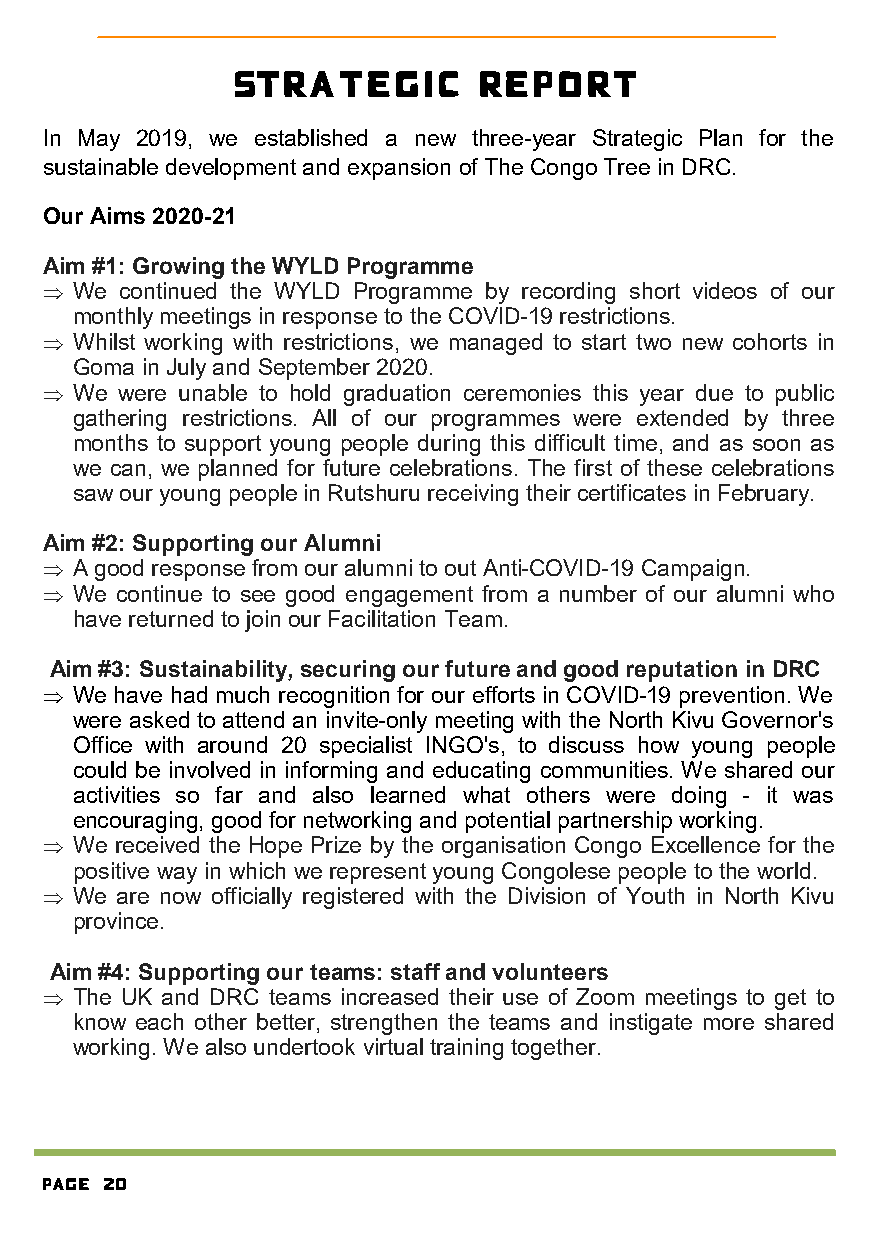
Strategic       Report
 In May 2019, we established a new three-year Strategic Plan for the
 sustainable development and expansion of The Congo Tree in DRC.
 Our Aims 2020-21
 Aim #1: Growing the WYLD Programme
  We continued the WYLD Programme by recording short videos of our
 monthly meetings in response to the COVID-19 restrictions.
  Whilst working with restrictions, we managed to start two new cohorts in
 Goma in July and September 2020.
  We were unable to hold graduation ceremonies this year due to public
 gathering restrictions. All of our programmes were extended by three
 months to support young people during this difficult time, and as soon as
 we can, we planned for future celebrations. The first of these celebrations
 saw our young people in Rutshuru receiving their certificates in February.
 Aim #2: Supporting our Alumni
  A good response from our alumni to out Anti-COVID-19 Campaign.
  We continue to see good engagement from a number of our alumni who
 have returned to join our Facilitation Team.
 Aim #3: Sustainability, securing our future and good reputation in DRC
  We have had much recognition for our efforts in COVID-19 prevention. We
 were asked to attend an invite-only meeting with the North Kivu Governor's
 Office with around 20 specialist INGO's, to discuss how young people
 could be involved in informing and educating communities. We shared our
 activities so far and also learned what others were doing - it was
 encouraging, good for networking and potential partnership working.
  We received the Hope Prize by the organisation Congo Excellence for the
 positive way in which we represent young Congolese people to the world.
  We are now officially registered with the Division of Youth in North Kivu
 province.
 Aim #4: Supporting our teams: staff and volunteers
  The UK and DRC teams increased their use of Zoom meetings to get to
 know each other better, strengthen the teams and instigate more shared
 working. We also undertook virtual training together.
 Page 20